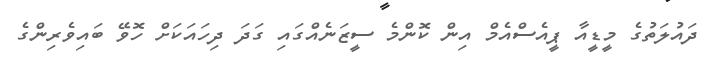
ދައުލަތުގެ މީޑީއާ ޕީއެސްއެމް އިން ކޮންމެ ސީޒަނެއްގައި ގަދަ ދިހައަކަށް ހޮވޭ ބައިވެރިންގެ